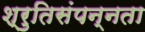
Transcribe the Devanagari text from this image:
श्रुतिसंपन्नता